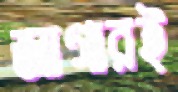
জাগারই